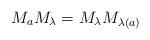
LaTeX: \begin{align*}M_a M_\lambda = M_\lambda M_{\lambda(a)}\end{align*}